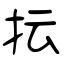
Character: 抎